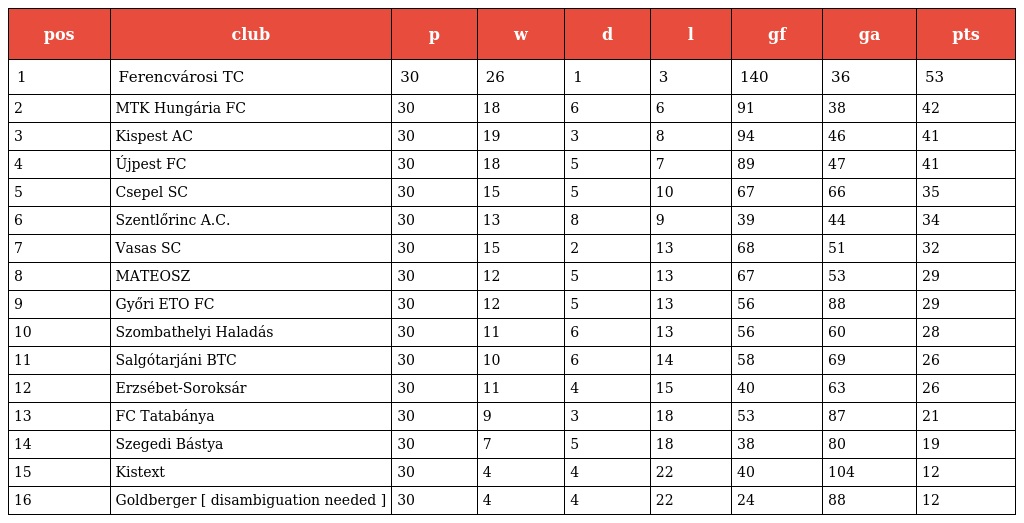
| pos | club | p | w | d | l | gf | ga | pts |
 | --- | --- | --- | --- | --- | --- | --- | --- | --- |
 | 1 | Ferencvárosi TC | 30 | 26 | 1 | 3 | 140 | 36 | 53 |
 | 2 | MTK Hungária FC | 30 | 18 | 6 | 6 | 91 | 38 | 42 |
 | 3 | Kispest AC | 30 | 19 | 3 | 8 | 94 | 46 | 41 |
 | 4 | Újpest FC | 30 | 18 | 5 | 7 | 89 | 47 | 41 |
 | 5 | Csepel SC | 30 | 15 | 5 | 10 | 67 | 66 | 35 |
 | 6 | Szentlőrinc A.C. | 30 | 13 | 8 | 9 | 39 | 44 | 34 |
 | 7 | Vasas SC | 30 | 15 | 2 | 13 | 68 | 51 | 32 |
 | 8 | MATEOSZ | 30 | 12 | 5 | 13 | 67 | 53 | 29 |
 | 9 | Győri ETO FC | 30 | 12 | 5 | 13 | 56 | 88 | 29 |
 | 10 | Szombathelyi Haladás | 30 | 11 | 6 | 13 | 56 | 60 | 28 |
 | 11 | Salgótarjáni BTC | 30 | 10 | 6 | 14 | 58 | 69 | 26 |
 | 12 | Erzsébet-Soroksár | 30 | 11 | 4 | 15 | 40 | 63 | 26 |
 | 13 | FC Tatabánya | 30 | 9 | 3 | 18 | 53 | 87 | 21 |
 | 14 | Szegedi Bástya | 30 | 7 | 5 | 18 | 38 | 80 | 19 |
 | 15 | Kistext | 30 | 4 | 4 | 22 | 40 | 104 | 12 |
 | 16 | Goldberger [ disambiguation needed ] | 30 | 4 | 4 | 22 | 24 | 88 | 12 |